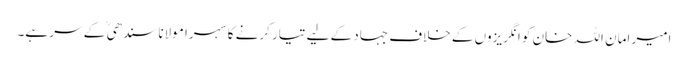
امیر امان اللہ خان کو انگریزوں کے خلاف جہاد کے لیے تیار کرنے کا سہرا مولانا سندھی ؒ کے سر ہے۔